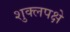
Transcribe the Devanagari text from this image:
शुक्लपक्षे